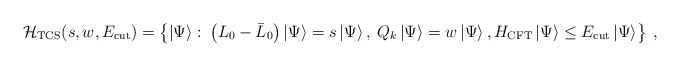
\begin{align*}{\cal H}_{\mathrm{TCS}}(s,w,E_{\mathrm{cut}})=\left\{ \left| \Psi \right\rangle :\: \left( L_{0}-\bar{L}_{0}\right) \left| \Psi \right\rangle =s\left| \Psi \right\rangle ,\: Q_{k}\left| \Psi \right\rangle =w\left| \Psi \right\rangle ,H_{\mathrm{CFT}}\left| \Psi \right\rangle \leq E_{\mathrm{cut}}\left| \Psi \right\rangle \right\} \: ,\end{align*}